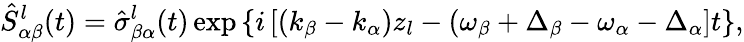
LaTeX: \hat{S}_{\alpha\beta}^{l}(t)=\hat{\sigma}_{\beta\alpha}^{l}(t)\exp\left\{ i\left[(k_{\beta}-k_{\alpha})z_{l}-(\omega_{\beta}+\Delta_{\beta}-\omega_{\alpha}-\Delta_{\alpha}\right]t\right\} ,